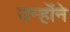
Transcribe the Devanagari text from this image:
उन्हॊंने